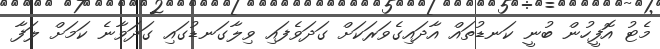
މެޓު އޮފީހުން ބުނީ ކަނޑުތައް އާދައިގެވަރަކަށް ގަދަވެފައި ވިލާގަނޑުގައި ގަދަވާނެ ކަމަށް ލަފާ